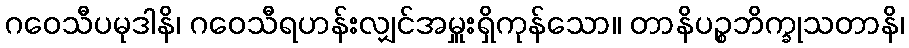
ဂဝေသီပမုဒါနိ၊ ဂဝေသီရဟန်းလျှင်အမှူးရှိကုန်သော။ တာနိပဉ္စဘိက္ခုသတာနိ၊